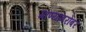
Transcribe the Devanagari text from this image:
गाण्यांबरोबर